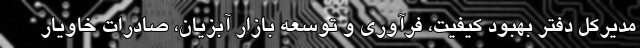
مدیرکل دفتر بهبود کیفیت، فرآوری و توسعه بازار آبزیان، صادرات خاویار